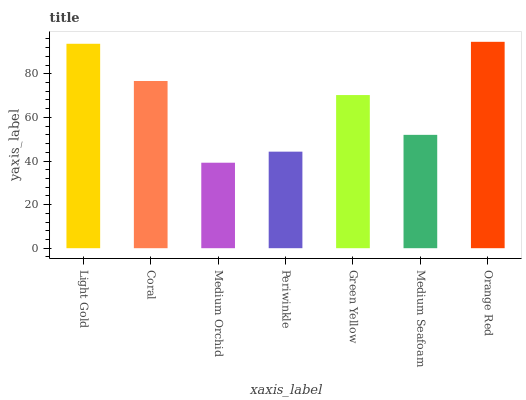
| xaxis_label | bars |
 | --- | --- |
 | Light Gold | 93.8 |
 | Coral | 76.7 |
 | Medium Orchid | 39.2 |
 | Periwinkle | 44.3 |
 | Green Yellow | 70.3 |
 | Medium Seafoam | 52 |
 | Orange Red | 94.7 |